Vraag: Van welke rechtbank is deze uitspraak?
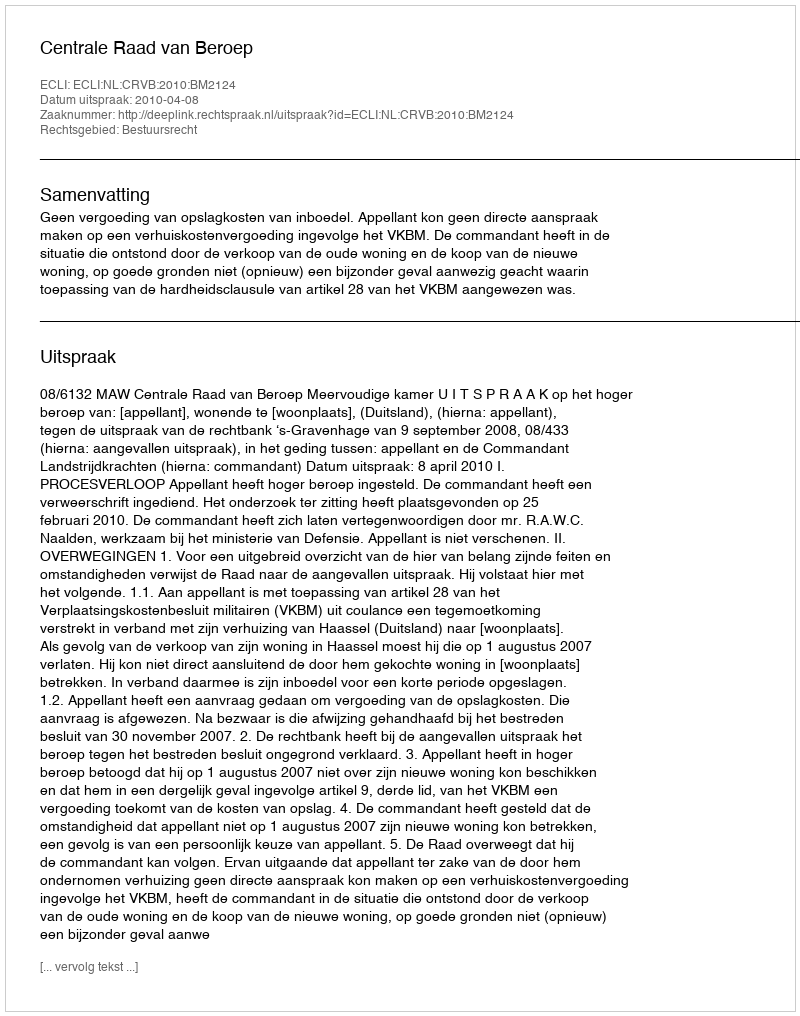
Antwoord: Centrale Raad van Beroep